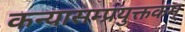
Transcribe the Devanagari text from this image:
कन्यासम्प्रयुक्तकम्